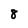
Character: 8